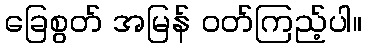
ခြေစွတ် အမြန် ဝတ်ကြည့်ပါ။